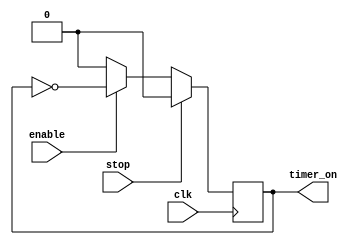
`timescale 1ns / 1ps

module timer_on(
    input clk,
    input enable,
    input stop,
    output reg timer_on
);

always @ (posedge clk) begin
    if(stop)begin
        timer_on <= 0;
    end else if(enable) begin
        timer_on <= ~timer_on;
    end else begin
        timer_on <= 0;
    end
end
endmodule